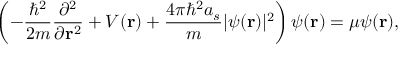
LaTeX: \left( - { \frac { \hbar ^ { 2 } } { 2 m } } { \frac { \partial ^ { 2 } } { \partial \mathbf { r } ^ { 2 } } } + V ( \mathbf { r } ) + { \frac { 4 \pi \hbar ^ { 2 } a _ { s } } { m } } \vert \psi ( \mathbf { r } ) \vert ^ { 2 } \right) \psi ( \mathbf { r } ) = \mu \psi ( \mathbf { r } ) ,